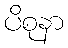
ပိစုနာ